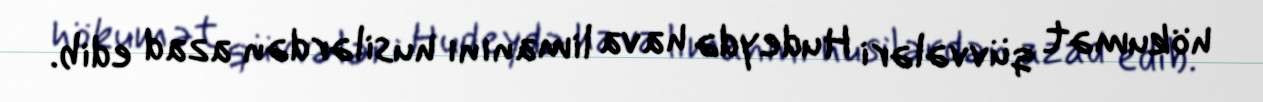
hökumət qüvvələri Hudeydə hava limanını husilərdən azad edib.